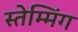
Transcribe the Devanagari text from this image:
स्तेम्मिंग